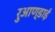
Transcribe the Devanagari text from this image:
रुआण्डाई